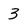
Character: 3